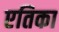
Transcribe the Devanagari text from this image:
एतिका